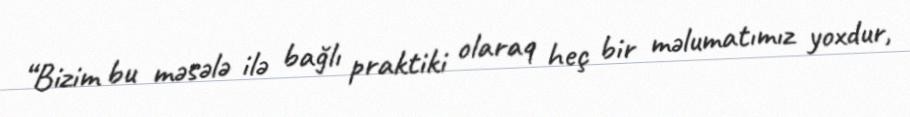
“Bizim bu məsələ ilə bağlı praktiki olaraq heç bir məlumatımız yoxdur,